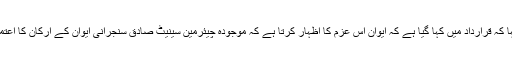
انہوں نے مزید کہا کہ قرارداد میں کہا گیا ہے کہ ایوان اس عزم کا اظہار کرتا ہے کہ موجودہ چیئرمین سینیٹ صادق سنجرانی ایوان کے ارکان کا اعتماد کھو چکے ہیں۔